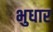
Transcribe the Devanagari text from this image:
भुधार